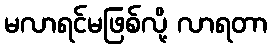
မလာရင်မဖြစ်လို့ လာရတာ